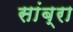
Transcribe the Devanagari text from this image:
सांब्रा